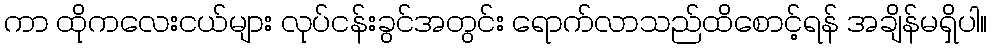
ကာ ထိုကလေးငယ်များ လုပ်ငန်းခွင်အတွင်း ရောက်လာသည်ထိစောင့်ရန် အချိန်မရှိပါ။